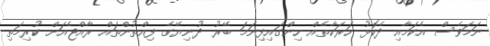
ނަމަވެސް އެކަމާއި ދެކޮޅު ހަރަކާތެއް ހިންގައިފިނަމަ ބޭރު ދުނިޔޭގެ ފިއްތުންތައް ރާއްޖެއަށް ކުރިމަތި